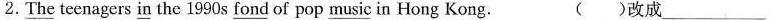
2.\underline{The} teenagers \underline{in}the 1990s \underline{fond}of pop \underline{music} in Hong Kong. （ ）改成___